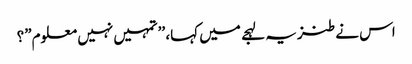
اس نے طنزیہ لہجے میں کہا، ’’تمہیں نہیں معلوم”؟